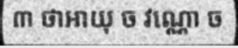
៣ ថាអាយុ ច វណ្ណោ ច